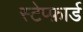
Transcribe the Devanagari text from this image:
स्टेप्फ़ार्ड